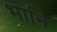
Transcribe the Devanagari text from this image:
भानि